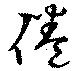
倦